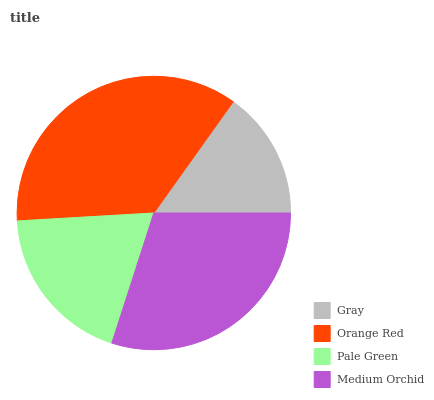
| Gray | Orange Red | Pale Green | Medium Orchid |
 | --- | --- | --- | --- |
 | 15.1% | 35.8% | 19.1% | 29.9% |